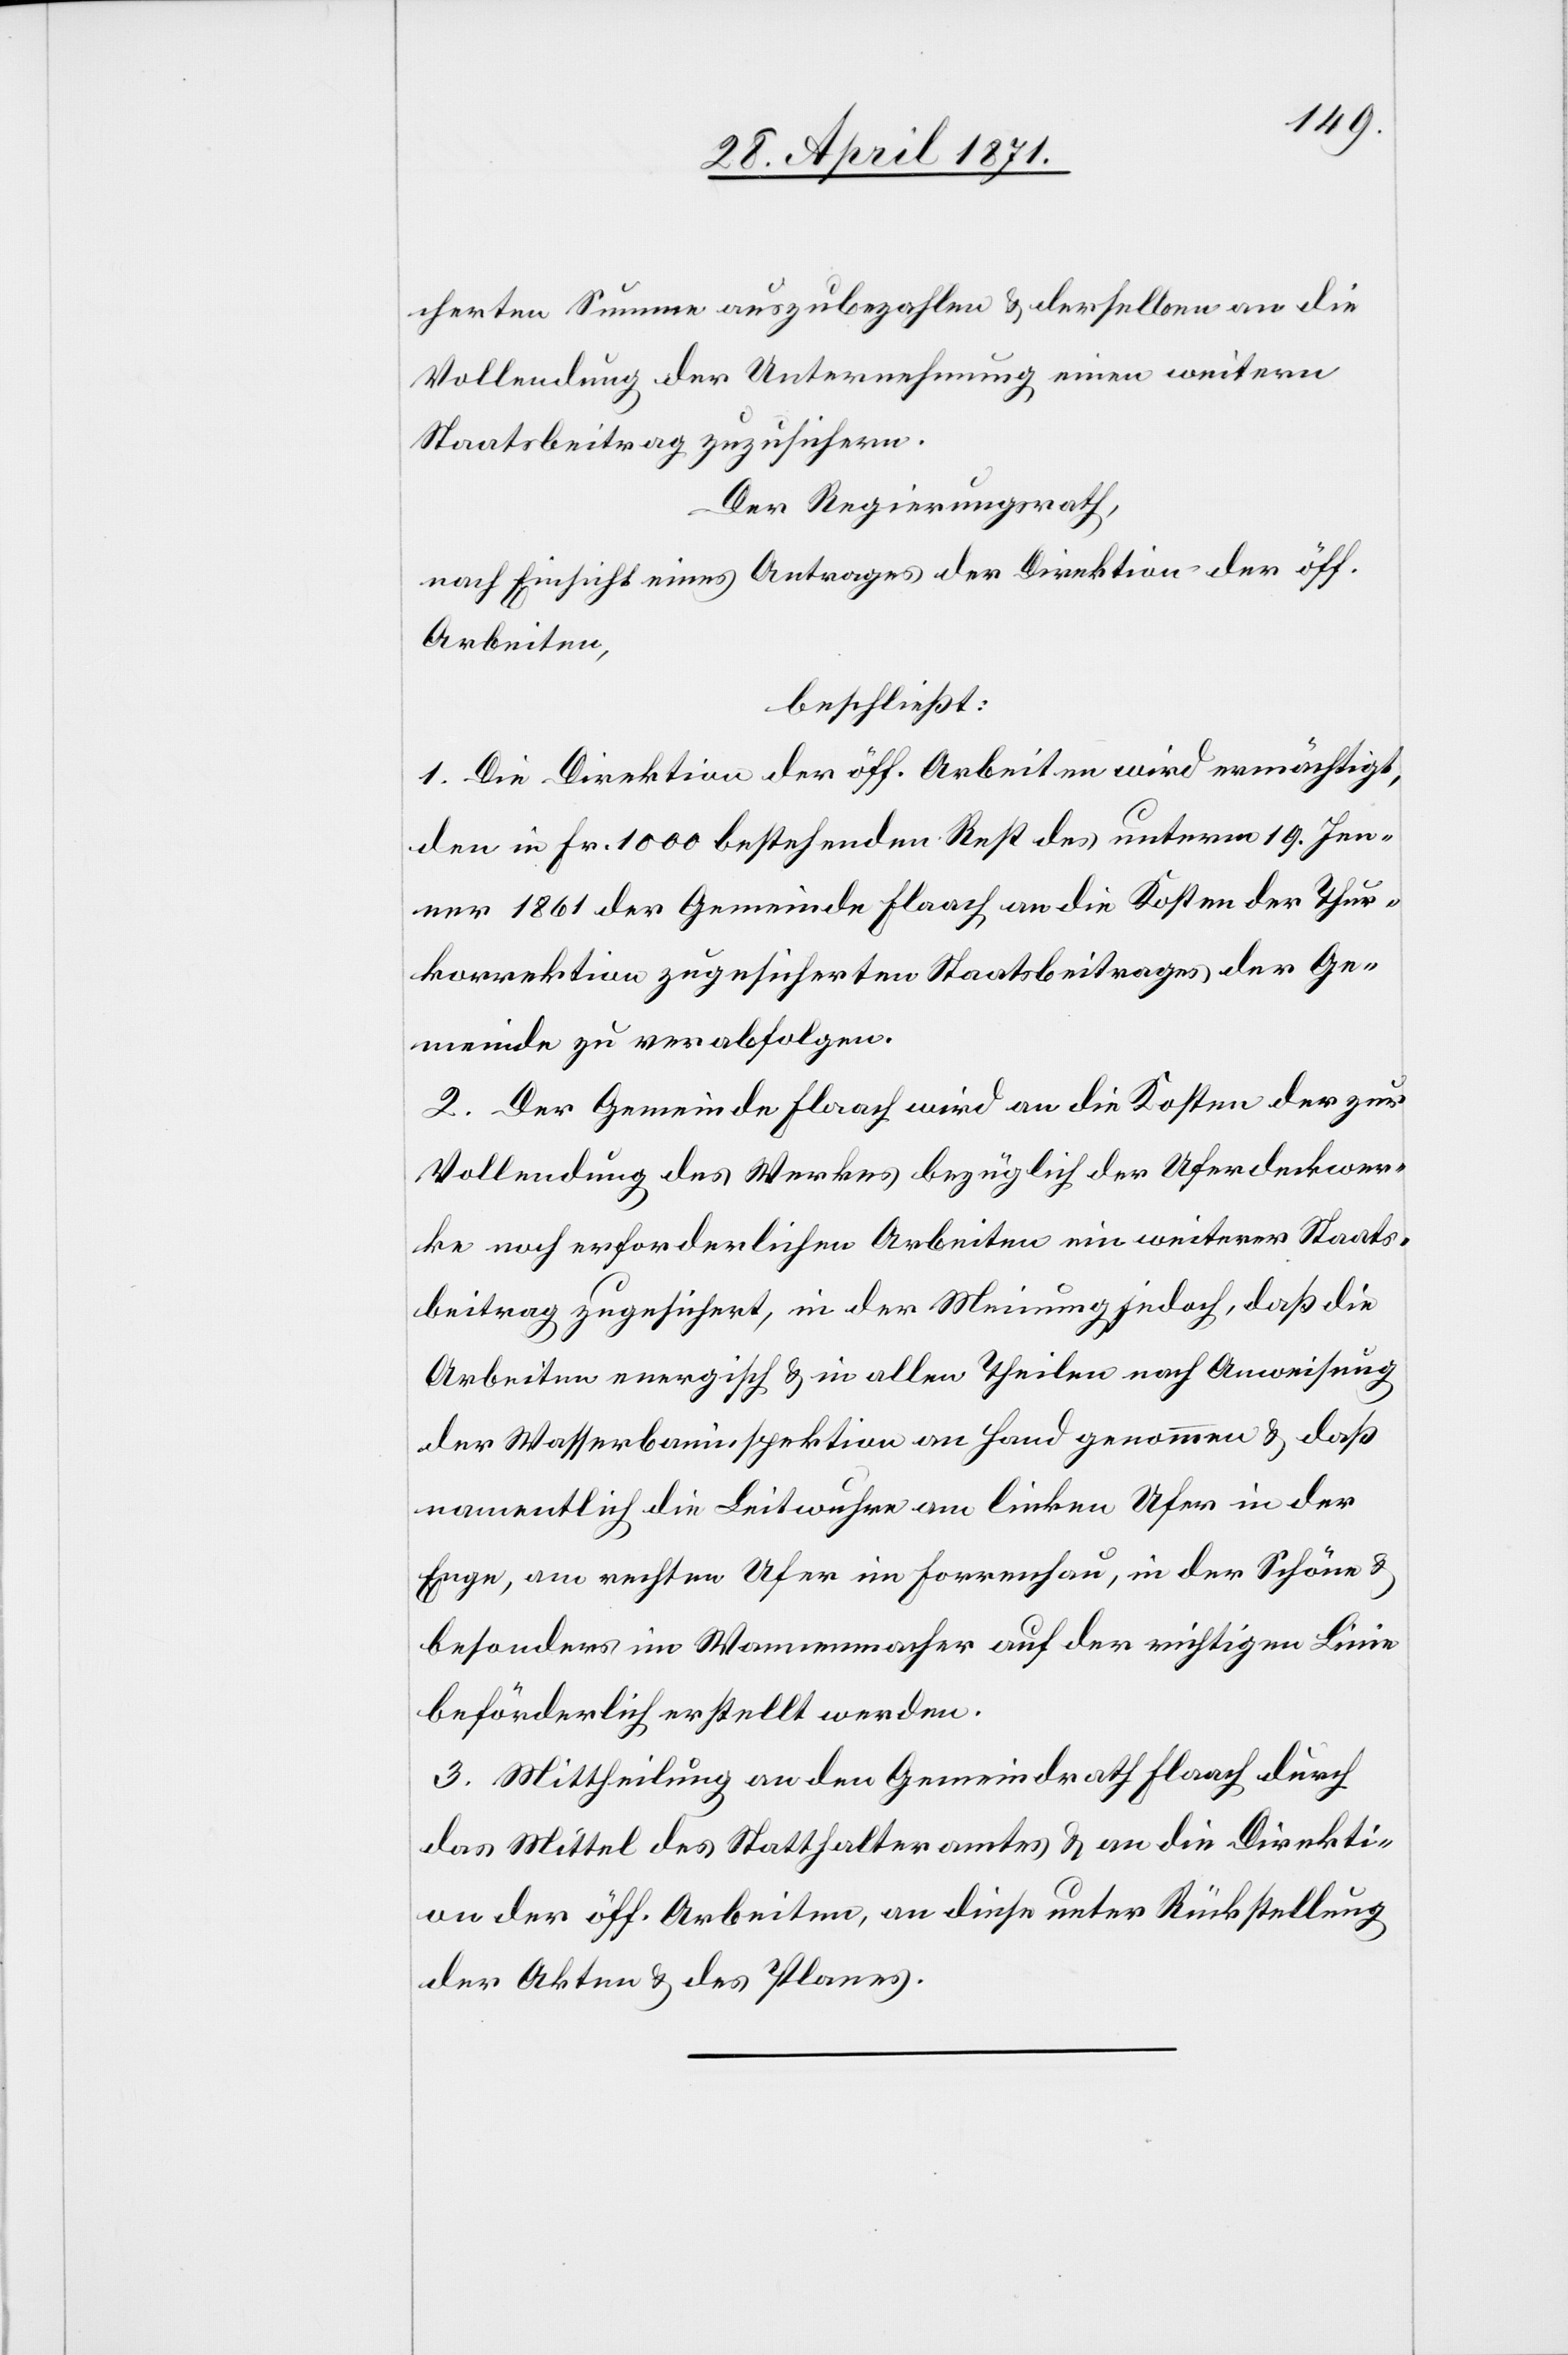
cherten Summe auszubezahlen u. derselben an die
Vollendung der Unternehmung einen weitern
Staatsbeitrag zuzusichern.
Der Regierungsrath,
nach Einsicht eines Antrages der Direktion der öff.
Arbeiten,
beschließt:
1. Die Direktion der öff. Arbeiten wird ermächtigt,
den in Fr. 1000 bestehenden Rest des unterm 19. Jen¬
ner 1861 der Gemeinde Flaach an die Kosten der Thur¬
korrektion zugesicherten Staatsbeitrages der Ge¬
meinde zu verabfolgen.
2. Der Gemeinde Flaach wird an die Kosten der zur
Vollendung des Werkes bezüglich der Uferdeckwer¬
ke noch erforderlichen Arbeiten ein weiterer Staats¬
beitrag zugesichert, in der Meinung jedoch, daß die
Arbeiten energisch u. in allen Theilen nach Anweisung
der Wasserbauinspektion an Hand genommen u. daß
namentlich die Leitwuhre am linken Ufer in der
Enge, am ersten Ufer im Forrenhau, in der Schöne u.
besonders im Wannenmacher auf der richtigen Linie
beförderlich erstellt werden.
3. Mittheilung an den Gemeindrath Flaach durch
das Mittel des Statthalteramtes u. an die Direktion
der Akten u. des Planes.